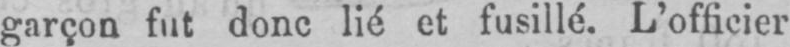
donc lié et fusillé. L’officier